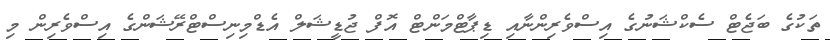
ތަކުގެ ބަޖެޓް ސެކްޝަނުގެ އިސްވެރިންނާއި ޑިޕާޓްމަންޓް އޮފް ޖުޑީޝަލް އެޑްމިނިސްޓްރޭޝަންގެ އިސްވެރިން މި